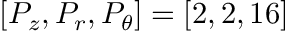
[ P _ { z } , P _ { r } , P _ { \theta } ] = [ 2 , 2 , 1 6 ]